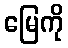
မြေကို